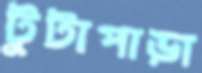
টুটাপাড়া